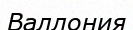
Валлония